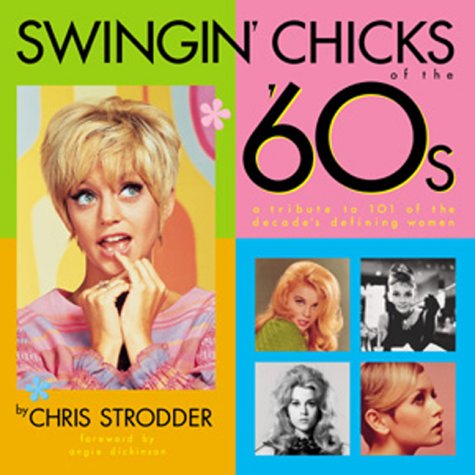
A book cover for Swingin' Chicks of the 60's; Chris Strodder; Politics & Social Sciences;